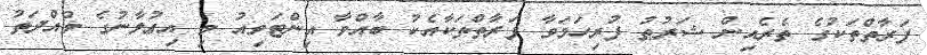
ފަރާތްތަކުގެ ތެރެއިން ޝަރުޠު ފުރިހަމަވާ ފަރާތްތަކާއެކު ބާއްވާ އިންޓަވިއު މި އިޢުލާނުގެ މުއްދަތު